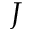
J